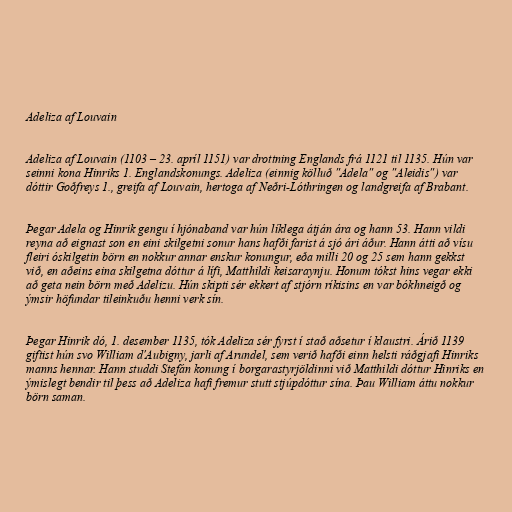
Adeliza af Louvain

Adeliza af Louvain (1103 – 23. apríl 1151) var drottning Englands frá 1121 til 1135. Hún var
seinni kona Hinriks 1. Englandskonungs. Adeliza (einnig kölluð "Adela" og "Aleidis") var
dóttir Goðfreys 1., greifa af Louvain, hertoga af Neðri-Lóthringen og landgreifa af Brabant.

Þegar Adela og Hinrik gengu í hjónaband var hún líklega átján ára og hann 53. Hann vildi
reyna að eignast son en eini skilgetni sonur hans hafði farist á sjó ári áður. Hann átti að vísu
fleiri óskilgetin börn en nokkur annar enskur konungur, eða milli 20 og 25 sem hann gekkst
við, en aðeins eina skilgetna dóttur á lífi, Matthildi keisaraynju. Honum tókst hins vegar ekki
að geta nein börn með Adelizu. Hún skipti sér ekkert af stjórn ríkisins en var bókhneigð og
ýmsir höfundar tileinkuðu henni verk sín.

Þegar Hinrik dó, 1. desember 1135, tók Adeliza sér fyrst í stað aðsetur í klaustri. Árið 1139
giftist hún svo William d'Aubigny, jarli af Arundel, sem verið hafði einn helsti ráðgjafi Hinriks
manns hennar. Hann studdi Stefán konung í borgarastyrjöldinni við Matthildi dóttur Hinriks en
ýmislegt bendir til þess að Adeliza hafi fremur stutt stjúpdóttur sína. Þau William áttu nokkur
börn saman.